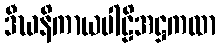
ဒီဃနိကာယပါဠိအဋ္ဌကထာ